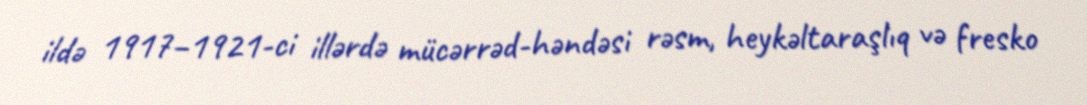
ildə 1917–1921-ci illərdə mücərrəd-həndəsi rəsm, heykəltaraşlıq və fresko